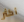
أكثر